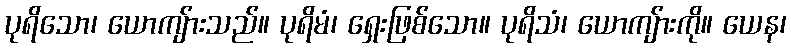
ပုရိသော၊ ယောကျ်ားသည်။ ပုရိမံ၊ ရှေးဖြစ်သော။ ပုရိသံ၊ ယောကျ်ားကို။ ယေန၊